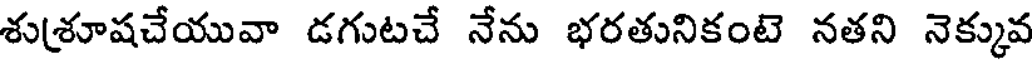
శు(శూషచేయువా డగుటచే నేను భరతునికంటె నతని నెక్కువ